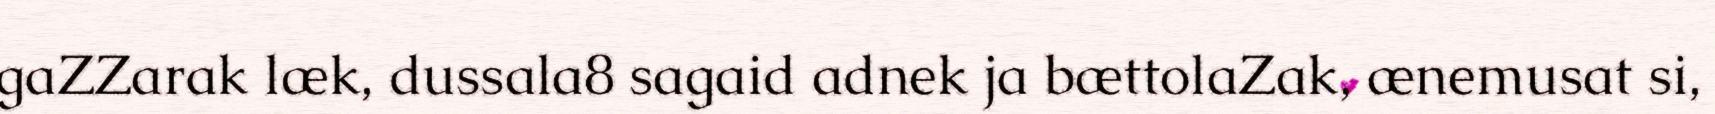
gaZZarak læk, dussala8 sagaid adnek ja bættolaZak, ænemusat si,